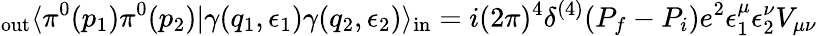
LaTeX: _\mathrm{out}\langle\pi^{0}(p_{1})\pi^{0}(p_{2})|\gamma(q_{1},\epsilon_{1})\gamma(q_{2},\epsilon_{2})\rangle_{\mathrm{in}}=i(2\pi)^{4}\delta^{(4)}(P_{f}-P_{i})e^{2}\epsilon_{1}^{\mu}\epsilon_{2}^{\nu}V_{\mu\nu}